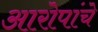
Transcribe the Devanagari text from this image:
आरोपांचे